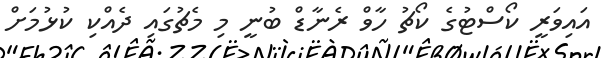
އައިވަރީ ކޯސްޓުގެ ކޯޗު ހާވް ރެނާޑް ބުނީ މި މެޗުގައި ދެއްކި ކުޅުމަށް